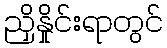
ညှိနှိုင်းရာတွင်